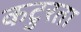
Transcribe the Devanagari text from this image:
कटुरता